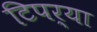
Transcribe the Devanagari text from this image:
टिपर्या